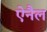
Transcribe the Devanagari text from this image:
ऐनैल